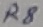
Text: R8